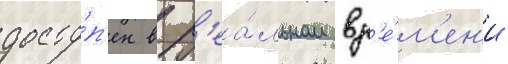
досту́п'ен в р'еа́льном вр'е́м'ен'и